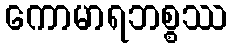
ကောမာရဘစ္စဿ